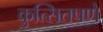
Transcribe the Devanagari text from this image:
कुत्सितपणे